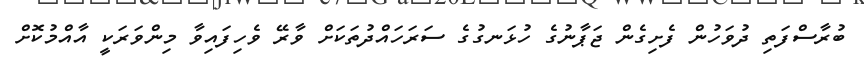
ބުރާސްފަތި ދުވަހުން ފެށިގެން ޖަޕާނުގެ ހުޅަނގުގެ ސަރަހައްދުތަކަށް ވާރޭ ވެހިފައިވާ މިންވަރަކީ އާއްމުކޮށް